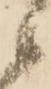
候